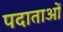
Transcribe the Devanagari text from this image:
पदाताओं